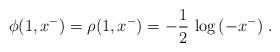
\begin{align*}\phi(1,x^-) = \rho(1,x^-) = -{1\over 2}\,\log\,(-x^-)~.\end{align*}